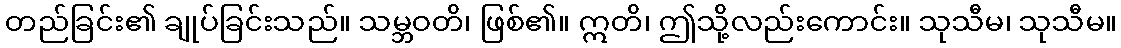
တည်ခြင်း၏ ချုပ်ခြင်းသည်။ သမ္ဘဝတိ၊ ဖြစ်၏။ ဣတိ၊ ဤသို့လည်းကောင်း။ သုသီမ၊ သုသီမ။